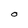
Character: O